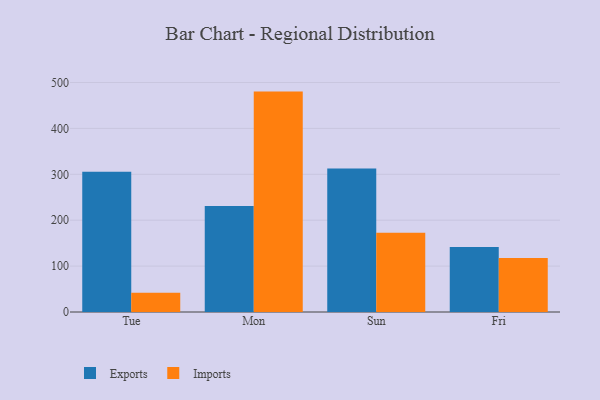
{"axis": {"x": "Day", "y": "Gross Profit (USD K)"}, "legend": ["Exports", "Imports"], "data": [{"x": "Tue", "y": 305.6, "type": "Exports"}, {"x": "Tue", "y": 42.1, "type": "Imports"}, {"x": "Mon", "y": 231.1, "type": "Exports"}, {"x": "Mon", "y": 480.2, "type": "Imports"}, {"x": "Sun", "y": 312.5, "type": "Exports"}, {"x": "Sun", "y": 172.6, "type": "Imports"}, {"x": "Fri", "y": 141.6, "type": "Exports"}, {"x": "Fri", "y": 117.5, "type": "Imports"}]}